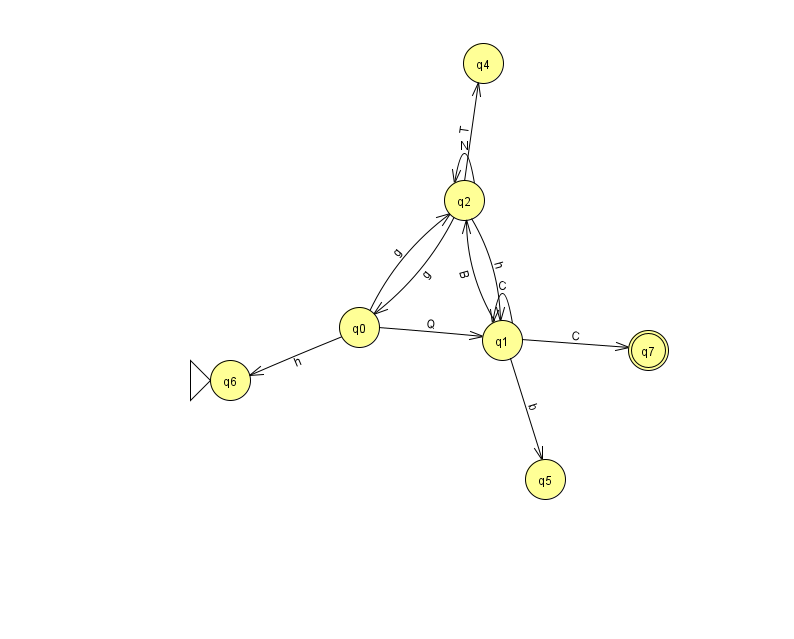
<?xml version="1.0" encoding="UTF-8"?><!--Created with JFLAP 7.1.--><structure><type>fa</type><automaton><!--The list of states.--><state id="0" name="q0"><x>359.0</x><y>314.0</y></state><state id="1" name="q1"><x>502.0</x><y>327.0</y></state><state id="2" name="q2"><x>464.0</x><y>187.0</y></state><state id="4" name="q4"><x>483.0</x><y>50.0</y></state><state id="5" name="q5"><x>545.0</x><y>466.0</y></state><state id="6" name="q6"><x>230.0</x><y>367.0</y><initial/></state><state id="7" name="q7"><x>648.0</x><y>337.0</y><final/></state><!--The list of transitions.--><transition><from>0</from><to>1</to><read>Q</read></transition><transition><from>1</from><to>2</to><read>B</read></transition><transition><from>1</from><to>1</to><read>C</read></transition><transition><from>0</from><to>2</to><read>g</read></transition><transition><from>2</from><to>0</to><read>g</read></transition><transition><from>2</from><to>1</to><read>h</read></transition><transition><from>1</from><to>7</to><read>C</read></transition><transition><from>2</from><to>4</to><read>T</read></transition><transition><from>0</from><to>6</to><read>h</read></transition><transition><from>2</from><to>2</to><read>N</read></transition><transition><from>1</from><to>5</to><read>b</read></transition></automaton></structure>